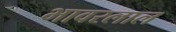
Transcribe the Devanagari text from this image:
भावरलाल